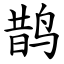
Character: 鹊